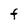
Character: F